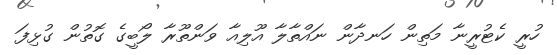
ހުރީ ކެޓުރީނާ މަތިން ހަނދާން ނައްތާލާ އޫލިއާ ވަންތޫރާ ލޯބީގެ ގޮތުން ގުޅިފަ